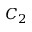
C _ { 2 }